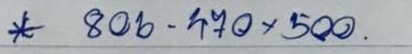
* 806 - 470 x 500